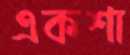
একশা